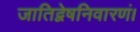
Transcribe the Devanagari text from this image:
जातिद्वेषनिवारणं।